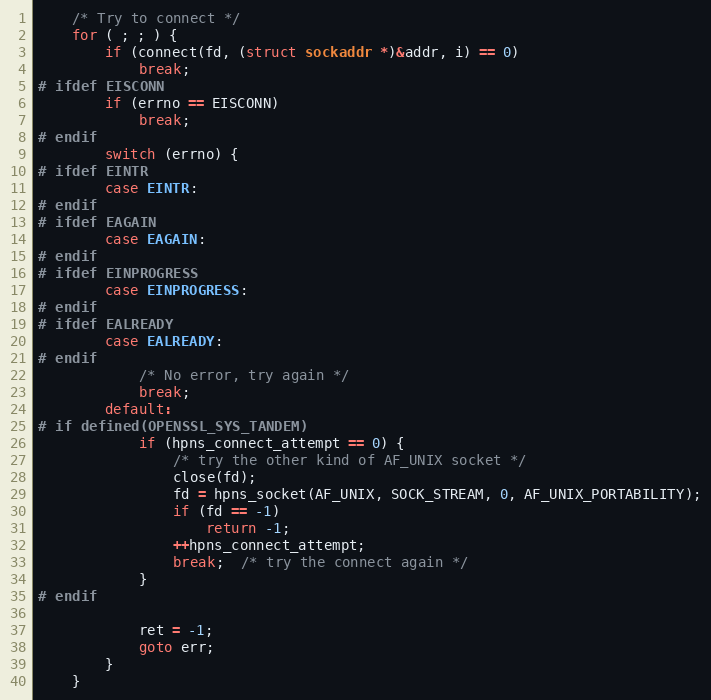
Language: C
    /* Try to connect */
    for ( ; ; ) {
        if (connect(fd, (struct sockaddr *)&addr, i) == 0)
            break;
# ifdef EISCONN
        if (errno == EISCONN)
            break;
# endif
        switch (errno) {
# ifdef EINTR
        case EINTR:
# endif
# ifdef EAGAIN
        case EAGAIN:
# endif
# ifdef EINPROGRESS
        case EINPROGRESS:
# endif
# ifdef EALREADY
        case EALREADY:
# endif
            /* No error, try again */
            break;
        default:
# if defined(OPENSSL_SYS_TANDEM)
            if (hpns_connect_attempt == 0) {
                /* try the other kind of AF_UNIX socket */
                close(fd);
                fd = hpns_socket(AF_UNIX, SOCK_STREAM, 0, AF_UNIX_PORTABILITY);
                if (fd == -1)
                    return -1;
                ++hpns_connect_attempt;
                break;  /* try the connect again */
            }
# endif

            ret = -1;
            goto err;
        }
    }